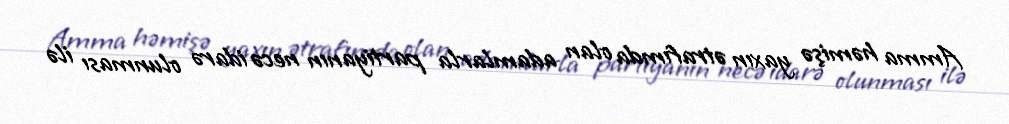
Amma həmişə yaxın ətrafımda olan adamlarla partiyanın necə idarə olunması ilə